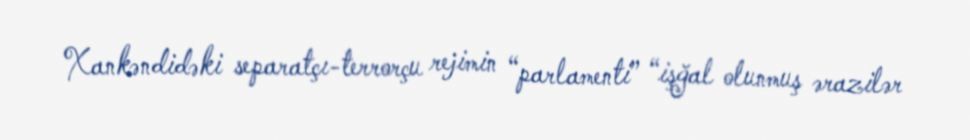
Xankəndidəki separatçı-terrorçu rejimin “parlamenti” “işğal olunmuş ərazilər